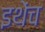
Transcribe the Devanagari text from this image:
इथेंच